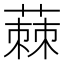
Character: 蕀